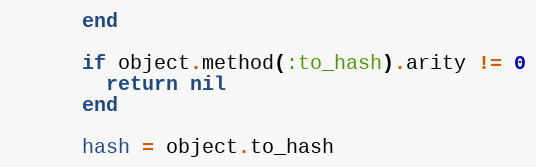
Language: Ruby
      end

      if object.method(:to_hash).arity != 0
        return nil
      end

      hash = object.to_hash